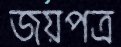
জয়পত্র